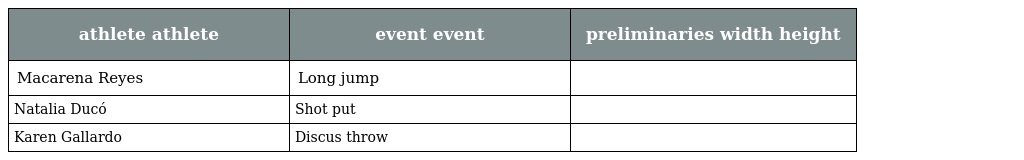
| athlete athlete | event event | preliminaries width height |
 | --- | --- | --- |
 | Macarena Reyes | Long jump |  |
 | Natalia Ducó | Shot put |  |
 | Karen Gallardo | Discus throw |  |